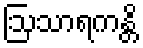
ဩသာရကန္တိ